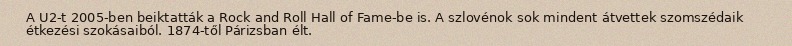
A U2-t 2005-ben beiktatták a Rock and Roll Hall of Fame-be is. A szlovénok sok mindent átvettek szomszédaik étkezési szokásaiból. 1874-től Párizsban élt.